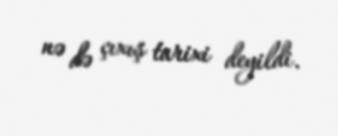
nə də çıxış tarixi deyildi.